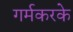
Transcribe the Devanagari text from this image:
गर्मकरके